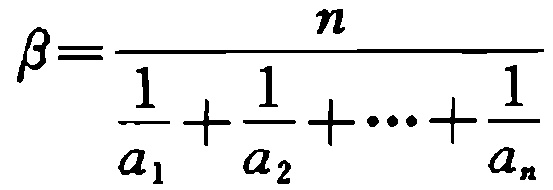
\(\beta=\frac{n}{\frac{1}{a_{1}}+\frac{1}{a_{2}}+\cdots+\frac{1}{a_{n}}}\)